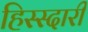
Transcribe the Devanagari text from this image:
हिस्स्दारी